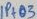
Text: IP+03